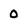
Character: 0